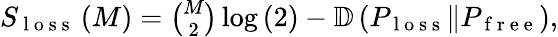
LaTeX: \begin{array}{r}{S_{\mathrm{~l~o~s~s~}}\left(M\right)=\binom{M}{2}\log\left(2\right)-\mathbb{D}\left(P_{\mathrm{~l~o~s~s~}}\Vert P_{\mathrm{~f~r~e~e~}}\right),}\end{array}